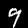
Digit: 9